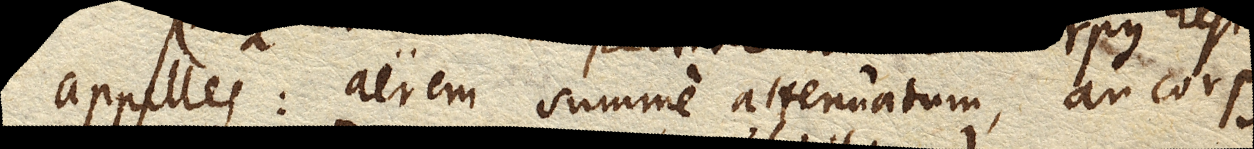
appelles: aerem summe attenuatum, an corpus